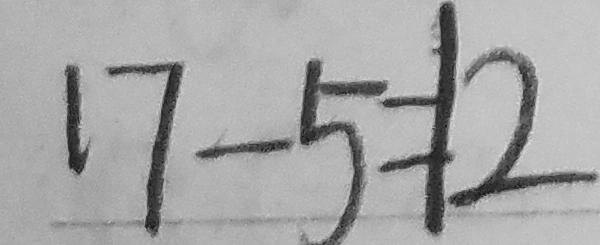
1 7 - 5 = 1 2